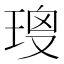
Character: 𤦑